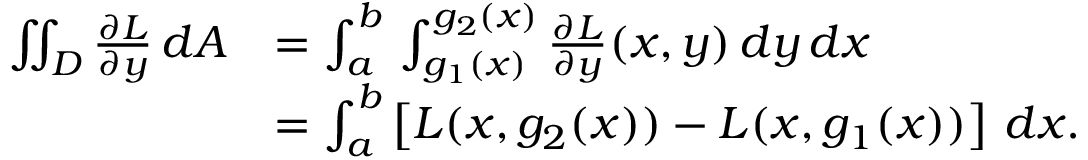
{ \begin{array} { r l } { \iint _ { D } { \frac { \partial L } { \partial y } } \, d A } & { = \int _ { a } ^ { b } \, \int _ { g _ { 1 } ( x ) } ^ { g _ { 2 } ( x ) } { \frac { \partial L } { \partial y } } ( x , y ) \, d y \, d x } \\ & { = \int _ { a } ^ { b } \left[ L ( x , g _ { 2 } ( x ) ) - L ( x , g _ { 1 } ( x ) ) \right] \, d x . } \end{array} }